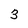
Character: 3